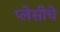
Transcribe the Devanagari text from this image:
प्लेसीचे